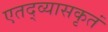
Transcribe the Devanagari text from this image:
एतद्व्यासकृतं